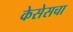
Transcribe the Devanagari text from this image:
केसेसचा